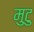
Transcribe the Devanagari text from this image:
मुटु